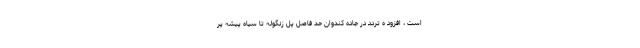
است ، افزود ه تردد در جاده کندوان حد فاصل پل زنگوله تا سیاه پیشه پر